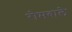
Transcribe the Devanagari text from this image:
रोमवाले